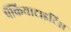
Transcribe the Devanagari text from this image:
पैंक्रियाटाइटिस